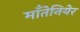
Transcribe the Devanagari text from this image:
माँतेनियेर